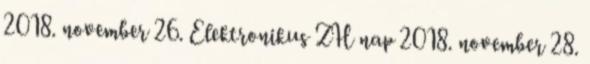
2018. november 26. Elektronikus ZH nap 2018. november 28.